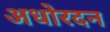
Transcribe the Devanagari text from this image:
अधोरदन